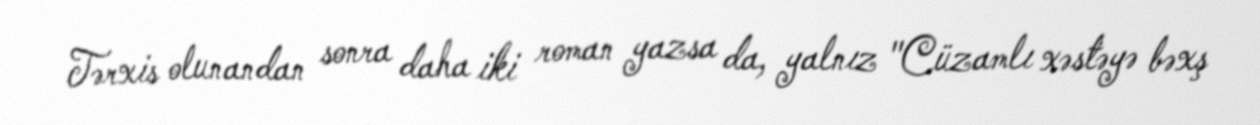
Tərxis olunandan sonra daha iki roman yazsa da, yalnız "Cüzamlı xəstəyə bəxş